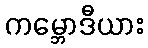
ကမ္ဘောဒီယား